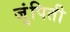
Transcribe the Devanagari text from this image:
जुंपिती